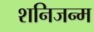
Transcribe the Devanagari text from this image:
शनिजन्म